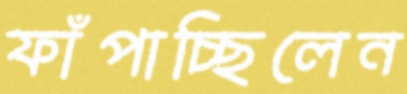
ফাঁপাচ্ছিলেন